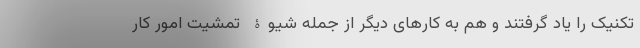
تکنیک را یاد گرفتند و هم به کارهای دیگر از جمله شیوۀ تمشیت امور کار